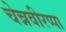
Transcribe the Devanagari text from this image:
चेन्नवीरप्पा